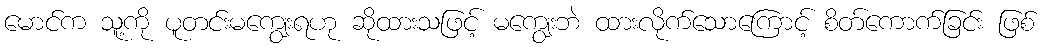
မောင်က သူ့ကို ပူတင်းမကျွေးရဟု ဆိုထားသဖြင့် မကျွေးဘဲ ထားလိုက်သောကြောင့် စိတ်ကောက်ခြင်း ဖြစ်